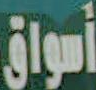
أسواق